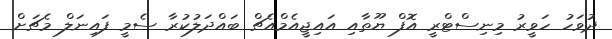
ދުވަހު ހަވީރު މިނިސްޓްރީ އޮފް ޔޫތާއި އައިޖީއެމްއެޗް ބައްދަލުކުރާ ސެމީ ފައިނަލް މެޗަށް